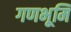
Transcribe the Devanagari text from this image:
गणभूमि